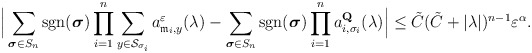
\begin{align*} \Big|\sum_{\boldsymbol{\sigma}\in S_n}\mathop{\mathrm{sgn}}(\boldsymbol{\sigma}) \prod_{i=1}^n\sum_{y\in\mathcal{S}_{\sigma_i}}a^\varepsilon_{\mathfrak{m}_i,y}(\lambda) -\sum_{\boldsymbol{\sigma}\in S_n}\mathop{\mathrm{sgn}}(\boldsymbol{\sigma})\prod_{i=1}^n a^{\mathbf{Q}}_{i,\sigma_i}(\lambda) \Big| \leq\tilde{C} (\tilde C+|\lambda|)^{n-1}\varepsilon^\alpha.\end{align*}